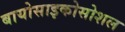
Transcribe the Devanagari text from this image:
बायोसाइकोसोशल